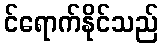
င်ရောက်နိုင်သည်